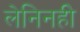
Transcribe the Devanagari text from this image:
लेनिनही